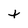
Character: t